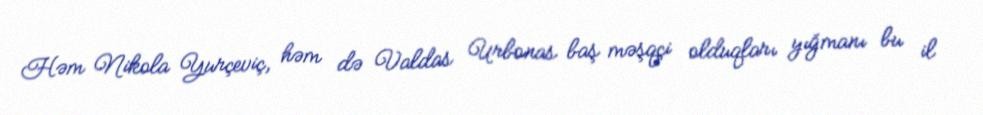
Həm Nikola Yurçeviç, həm də Valdas Urbonas baş məşqçi olduqları yığmanı bu il